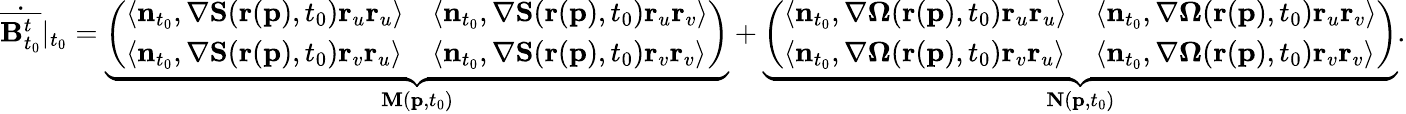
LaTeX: \begin{array}{r}{\dot{\overline{{\mathbf{B}_{t_{0}}^{t}}}}\vert_{t_{0}}=\underbrace{\left(\begin{array}{ll}{\langle\mathbf{n}_{t_{0}},\nabla\mathbf{S}(\mathbf{r}(\mathbf{p}),t_{0})\mathbf{r}_{u}\mathbf{r}_{u}\rangle}&{\langle\mathbf{n}_{t_{0}},\nabla\mathbf{S}(\mathbf{r}(\mathbf{p}),t_{0})\mathbf{r}_{u}\mathbf{r}_{v}\rangle}\\ {\langle\mathbf{n}_{t_{0}},\nabla\mathbf{S}(\mathbf{r}(\mathbf{p}),t_{0})\mathbf{r}_{v}\mathbf{r}_{u}\rangle}&{\langle\mathbf{n}_{t_{0}},\nabla\mathbf{S}(\mathbf{r}(\mathbf{p}),t_{0})\mathbf{r}_{v}\mathbf{r}_{v}\rangle}\end{array}\right)}_{\mathbf{M}(\mathbf{p},t_{0})}+\underbrace{\left(\begin{array}{ll}{\langle\mathbf{n}_{t_{0}},\nabla\mathbf{\Omega}(\mathbf{r}(\mathbf{p}),t_{0})\mathbf{r}_{u}\mathbf{r}_{u}\rangle}&{\langle\mathbf{n}_{t_{0}},\nabla\mathbf{\Omega}(\mathbf{r}(\mathbf{p}),t_{0})\mathbf{r}_{u}\mathbf{r}_{v}\rangle}\\ {\langle\mathbf{n}_{t_{0}},\nabla\mathbf{\Omega}(\mathbf{r}(\mathbf{p}),t_{0})\mathbf{r}_{v}\mathbf{r}_{u}\rangle}&{\langle\mathbf{n}_{t_{0}},\nabla\mathbf{\Omega}(\mathbf{r}(\mathbf{p}),t_{0})\mathbf{r}_{v}\mathbf{r}_{v}\rangle}\end{array}\right)}_{\mathbf{N}(\mathbf{p},t_{0})}.}\end{array}